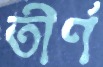
তীর্ণ